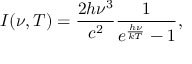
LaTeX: I ( \nu , T ) = { \frac { 2 h \nu ^ { 3 } } { c ^ { 2 } } } { \frac { 1 } { e ^ { \frac { h \nu } { k T } } - 1 } } ,